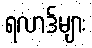
ရလာဒ်များ